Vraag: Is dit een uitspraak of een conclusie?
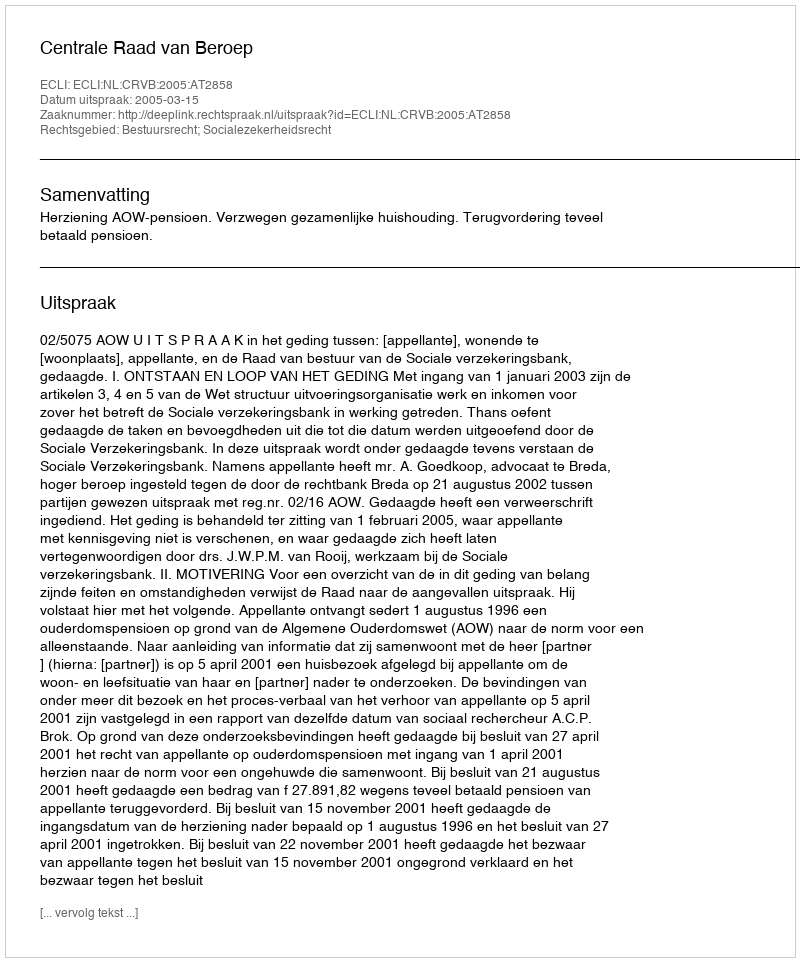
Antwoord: Uitspraak